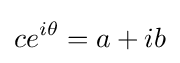
ce^{i\theta }=a+ib